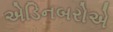
એડિનબરોએ